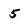
Character: 5